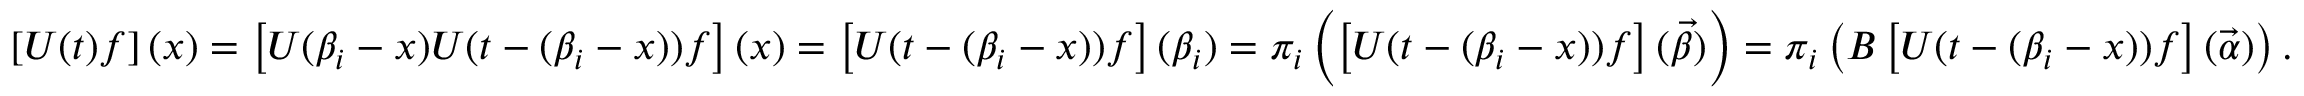
\left[ U ( t ) f \right] ( x ) = \left[ U ( \beta _ { i } - x ) U ( t - ( \beta _ { i } - x ) ) f \right] ( x ) = \left[ U ( t - ( \beta _ { i } - x ) ) f \right] ( \beta _ { i } ) = \pi _ { i } \left( \left[ U ( t - ( \beta _ { i } - x ) ) f \right] ( \vec { \beta } ) \right) = \pi _ { i } \left( B \left[ U ( t - ( \beta _ { i } - x ) ) f \right] ( \vec { \alpha } ) \right) .